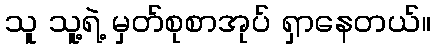
သူ သူ့ရဲ့ မှတ်စုစာအုပ် ရှာနေတယ်။